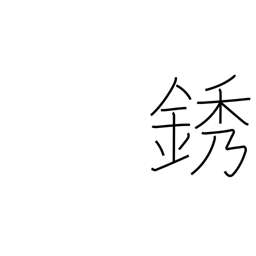
Meaning: rust